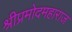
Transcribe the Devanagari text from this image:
श्रीप्रमोदमहाराज